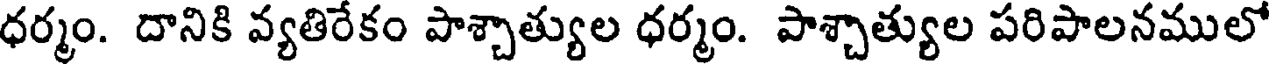
ధర్మం. దానికి వ్యతిరేకం పాశ్చాత్యుల ధర్మం. పాశ్చాత్యుల పరిపాలనములో